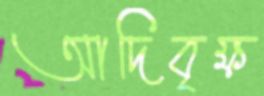
আদিবৃক্ষ